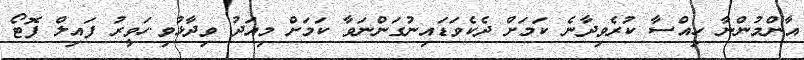
އާންމުންނާ ހިއްސާ ކުރެވިދާނެ ކަމަށް ދެކެވަޑައިނުގަންނަވާ ކަމަށް މިއަދު ވިދާޅުވި.ހަވީރު ފައިލް ފޮޓޯ